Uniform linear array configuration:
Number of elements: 16
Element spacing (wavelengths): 0.75
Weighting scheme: binomial
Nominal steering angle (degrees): -45
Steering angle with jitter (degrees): -45.32
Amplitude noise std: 0.05
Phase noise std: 0.05

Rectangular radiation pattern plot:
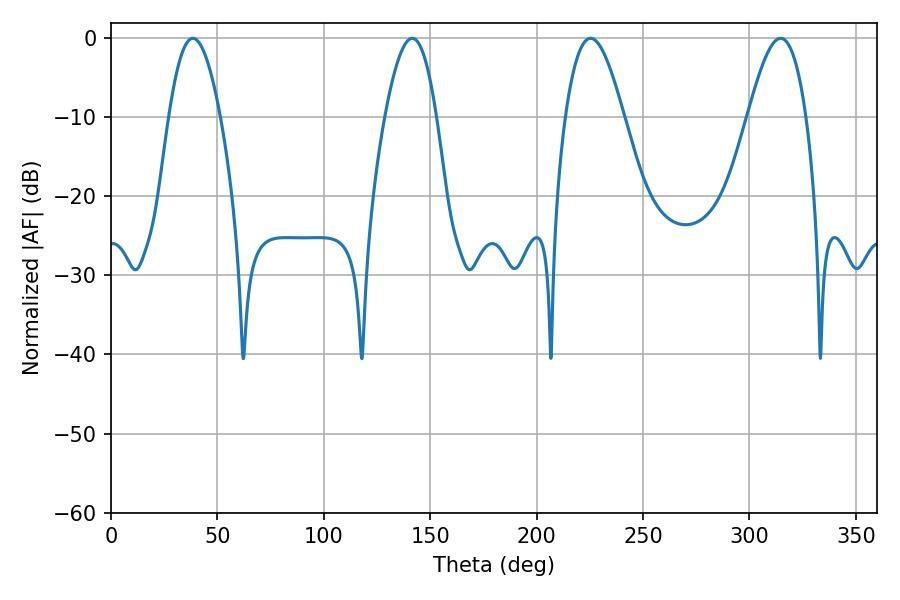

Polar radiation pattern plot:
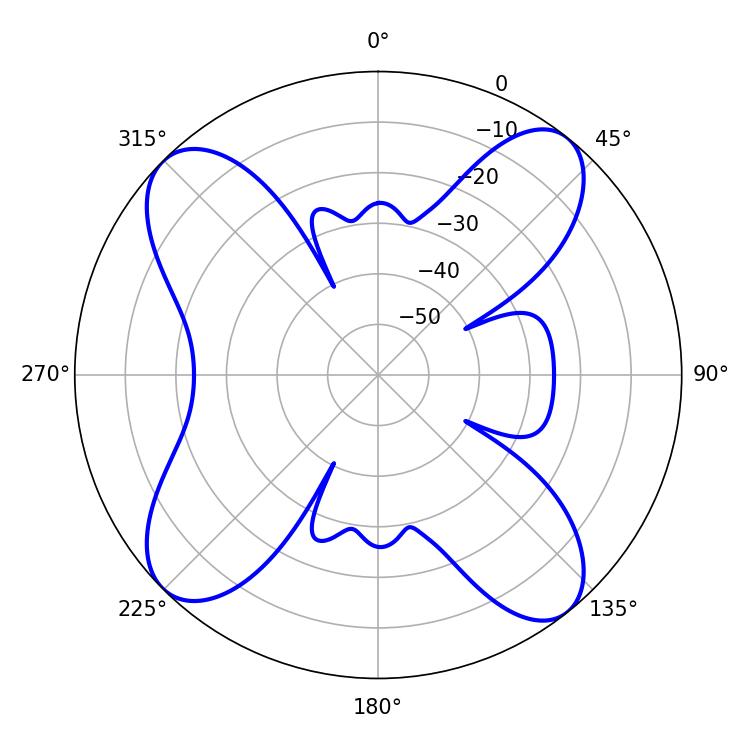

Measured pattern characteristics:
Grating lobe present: TRUE
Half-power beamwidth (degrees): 14.76
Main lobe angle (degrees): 225.36